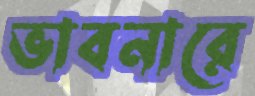
ভাবনারে